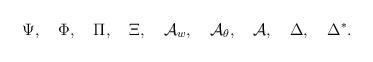
LaTeX: \begin{align*}\Psi,~~~\Phi,~~~\Pi,~~~\Xi,~~~{\cal A}_{w},~~~{\cal A}_{\theta},~~~{\cal A},~~~\Delta,~~~ \Delta^*.\end{align*}